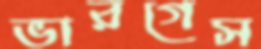
ভারগেস